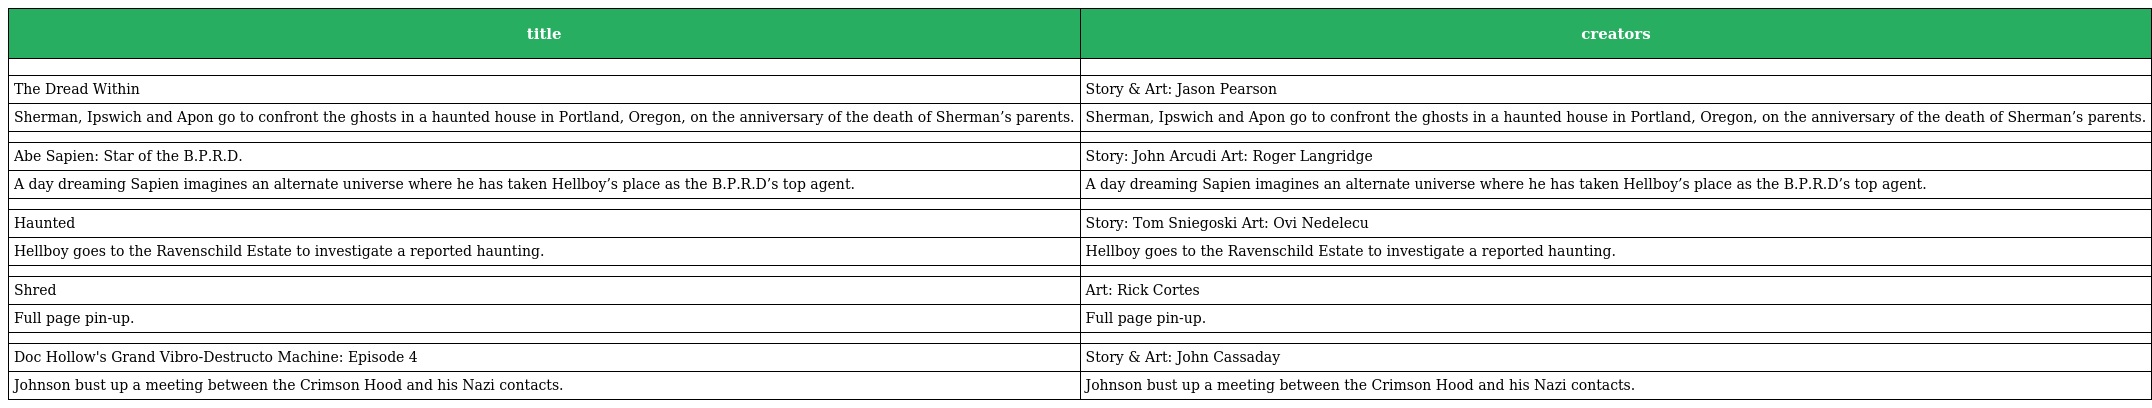
| title | creators |
 | --- | --- |
 |  |  |
 | The Dread Within | Story & Art: Jason Pearson |
 | Sherman, Ipswich and Apon go to confront the ghosts in a haunted house in Portland, Oregon, on the anniversary of the death of Sherman’s parents. | Sherman, Ipswich and Apon go to confront the ghosts in a haunted house in Portland, Oregon, on the anniversary of the death of Sherman’s parents. |
 |  |  |
 | Abe Sapien: Star of the B.P.R.D. | Story: John Arcudi Art: Roger Langridge |
 | A day dreaming Sapien imagines an alternate universe where he has taken Hellboy’s place as the B.P.R.D’s top agent. | A day dreaming Sapien imagines an alternate universe where he has taken Hellboy’s place as the B.P.R.D’s top agent. |
 |  |  |
 | Haunted | Story: Tom Sniegoski Art: Ovi Nedelecu |
 | Hellboy goes to the Ravenschild Estate to investigate a reported haunting. | Hellboy goes to the Ravenschild Estate to investigate a reported haunting. |
 |  |  |
 | Shred | Art: Rick Cortes |
 | Full page pin-up. | Full page pin-up. |
 |  |  |
 | Doc Hollow's Grand Vibro-Destructo Machine: Episode 4 | Story & Art: John Cassaday |
 | Johnson bust up a meeting between the Crimson Hood and his Nazi contacts. | Johnson bust up a meeting between the Crimson Hood and his Nazi contacts. |